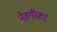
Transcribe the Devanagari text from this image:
नेवगीकर